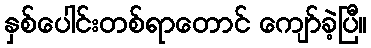
နှစ်ပေါင်းတစ်ရာတောင် ကျော်ခဲ့ပြီ။